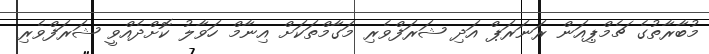
މުބާރާތުގެ ޗެމްޕިއަން ރަނަރަޕް އަދި ޝަރަފްވެރި މަގާމްތަކަށް އިނާމް ހަވާލު ކޮށްދެއްވީ ޝަރަފްވެރި